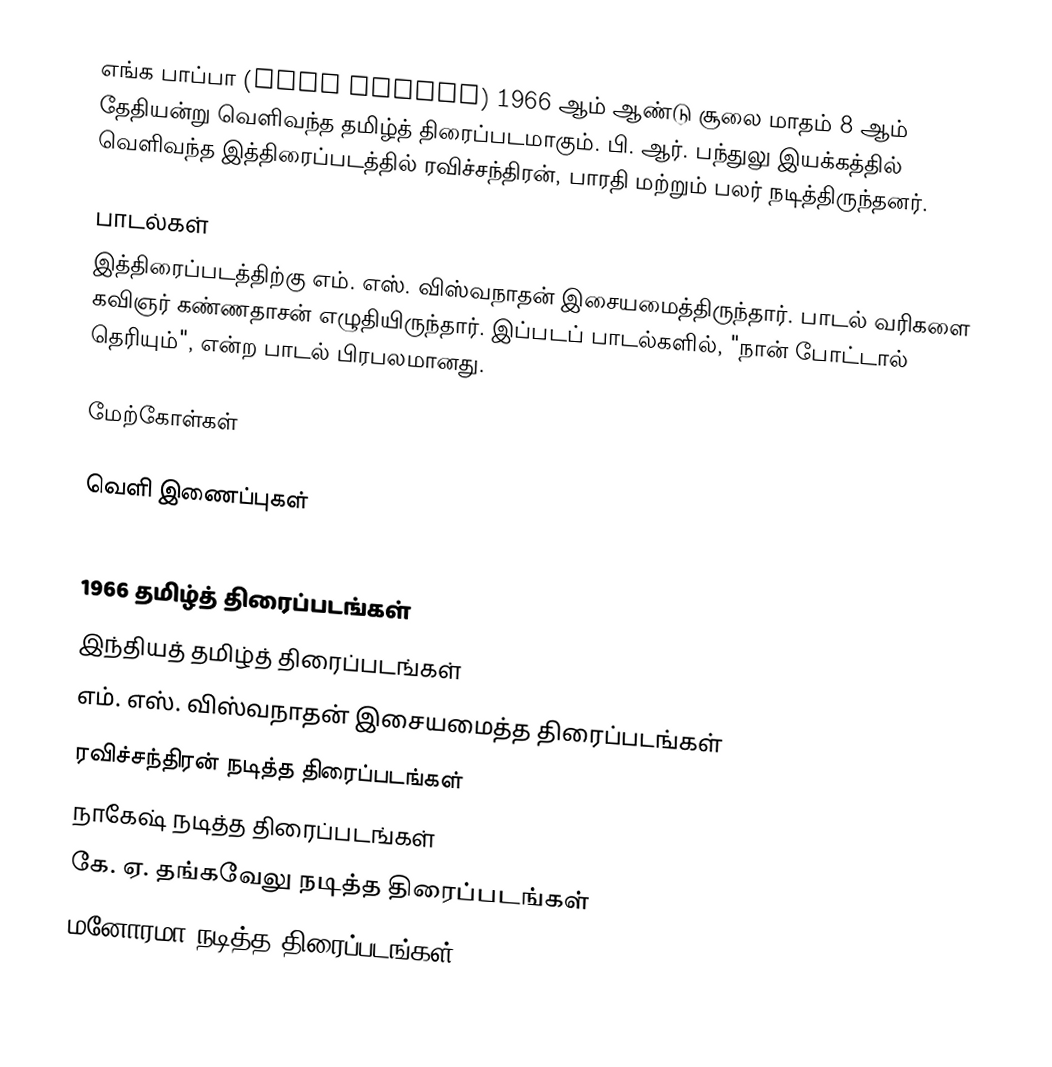
எங்க பாப்பா (Enga Paappa) 1966 ஆம் ஆண்டு சூலை மாதம் 8 ஆம் தேதியன்று வெளிவந்த தமிழ்த் திரைப்படமாகும். பி. ஆர். பந்துலு இயக்கத்தில் வெளிவந்த இத்திரைப்படத்தில் ரவிச்சந்திரன், பாரதி மற்றும் பலர் நடித்திருந்தனர்.

பாடல்கள்
இத்திரைப்படத்திற்கு எம். எஸ். விஸ்வநாதன் இசையமைத்திருந்தார். பாடல் வரிகளை கவிஞர் கண்ணதாசன் எழுதியிருந்தார். இப்படப் பாடல்களில், "நான் போட்டால் தெரியும்", என்ற பாடல் பிரபலமானது.

மேற்கோள்கள்

வெளி இணைப்புகள்

1966 தமிழ்த் திரைப்படங்கள்
இந்தியத் தமிழ்த் திரைப்படங்கள்
எம். எஸ். விஸ்வநாதன் இசையமைத்த திரைப்படங்கள்
ரவிச்சந்திரன் நடித்த திரைப்படங்கள்
நாகேஷ் நடித்த திரைப்படங்கள்
கே. ஏ. தங்கவேலு நடித்த திரைப்படங்கள்
மனோரமா நடித்த திரைப்படங்கள்